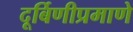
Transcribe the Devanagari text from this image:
दूर्बिणीप्रमाणे